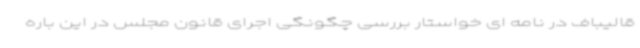
قالیباف در نامه ای خواستار بررسی چگونگی اجرای قانون مجلس در این باره